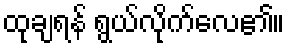
ထုချရန် ရွယ်လိုက်လေ၏။